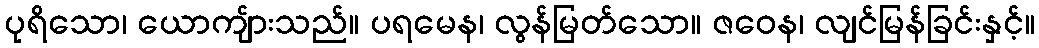
ပုရိသော၊ ယောကျ်ားသည်။ ပရမေန၊ လွန်မြတ်သော။ ဇဝေန၊ လျင်မြန်ခြင်းနှင့်။